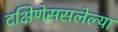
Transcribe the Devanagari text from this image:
दक्षिणेससलेल्या